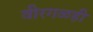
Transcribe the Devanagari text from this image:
वीरगळही